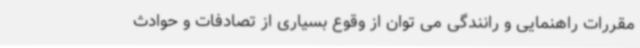
مقررات راهنمایی و رانندگی می توان از وقوع بسیاری از تصادفات و حوادث